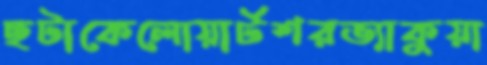
ছটাকেলোয়ার্টশরভ্যাকুয়া